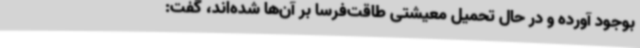
بوجود آورده و در حال تحمیل معیشتی طاقت‌فرسا بر آن‌ها شده‌اند، گفت: